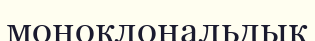
моноклональдық